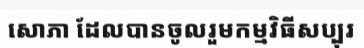
សោភា ដែលបានចូលរួមកម្មវិធីសប្បុរ